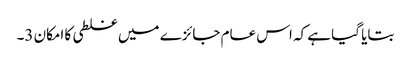
بتایا گیا ہے کہ اس عام جائزے میں غلطی کا امکان 3۔